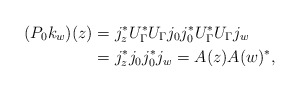
\begin{align*} (P_0 k_w) (z) & = j_z ^* U_\Gamma ^* U _\Gamma j_0 j_0 ^* U _\Gamma ^* U_\Gamma j_w \\& = j_z ^* j_0 j_0 ^* j_w = A(z) A(w) ^*, \end{align*}